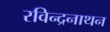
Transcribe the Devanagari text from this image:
रविन्द्रनाथन